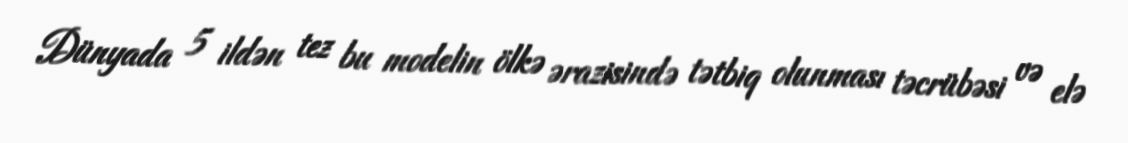
Dünyada 5 ildən tez bu modelin ölkə ərazisində tətbiq olunması təcrübəsi və elə